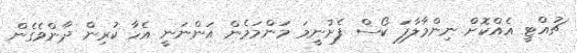
ޗުއްޓީ އެއްކޮށް ނިންމާލާފަ ކޯސް ފެށުނީމަ މަންމަމެން އަންނަނީ އެހާ ކުރިން ދާންވެގެން